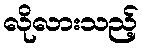
လိုလားသည့်